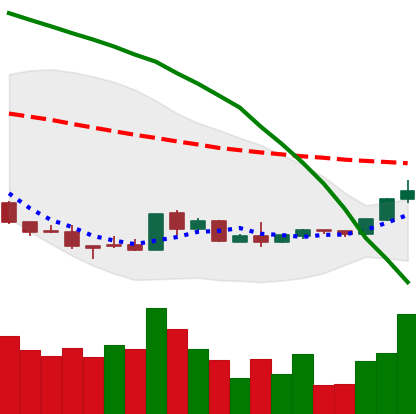
Ticker: EOS-USD
Chart end date: 2018-08-29
Forward return: 5.599%
Label: up_5_7